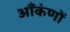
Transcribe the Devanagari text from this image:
आँकंणों